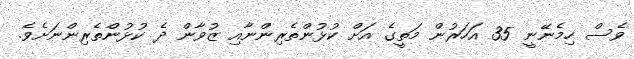
ވެސް ހިމެނޭނީ 35 އަހަރުން މަތީގެ އަށް ކުޅުންތެރިންނާއި ޒުވާން ދެ ކުޅުންތެރިންނަށެވެ.